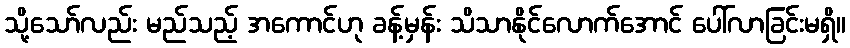
သို့သော်လည်း မည်သည့် အကောင်ဟု ခန့်မှန်း သိသာနိုင်လောက်အောင် ပေါ်လာခြင်းမရှိ။